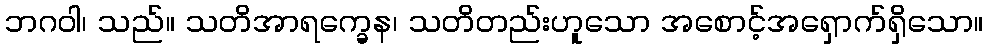
ဘဂဝါ၊ သည်။ သတိအာရက္ခေန၊ သတိတည်းဟူသော အစောင့်အရှောက်ရှိသော။